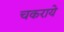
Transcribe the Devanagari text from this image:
चकराये